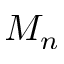
M _ { n }